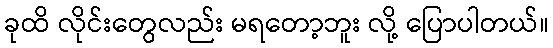
ခုထိ လိုင်းတွေလည်း မရတော့ဘူး လို့ ပြောပါတယ်။